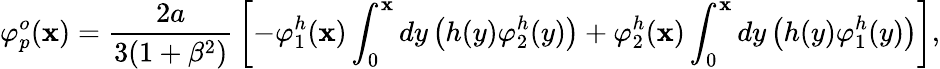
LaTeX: \varphi_{p}^{o}(\mathbf{x})={\frac{{2a}}{{3(1+\beta^{2})}}}\left[-\varphi_{1}^{h}(\mathbf{x})\int_{0}^{\mathbf{x}}dy\left(h(y)\varphi_{2}^{h}(y)\right)+\varphi_{2}^{h}(\mathbf{x})\int_{0}^{\mathbf{x}}dy\left(h(y)\varphi_{1}^{h}(y)\right)\right],